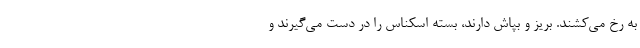
به رخ می‌کشند. بریز و بپاش دارند، بسته اسکناس را در دست می‌گیرند و